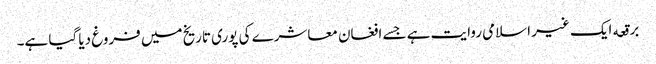
برقعه ایک غیر اسلامی روایت ہے جسے افغان معاشرے کی پوری تاریخ میں فروغ دیا گیا ہے۔